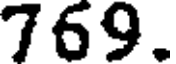
769.